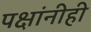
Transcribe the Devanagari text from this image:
पक्षांनीही